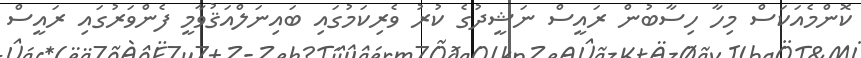
ކޮންމެއަކަސް މިހާ ހިސާބުން ރައީސް ނަޝީދުގެ ކުރު ވެރިކަމުގައި ބައިނަލްއަޤުވާމީ ފެންވަރުގައި ރައީސް